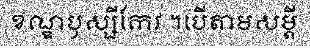
ខណ្ឌឫស្សីកែវ ។បើតាមសម្តី